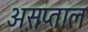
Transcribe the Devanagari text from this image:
असप्ताल